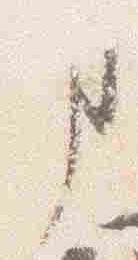
事